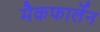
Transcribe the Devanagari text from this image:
मैकफार्लेन